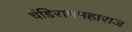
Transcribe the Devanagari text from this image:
चंडिराममहाराज